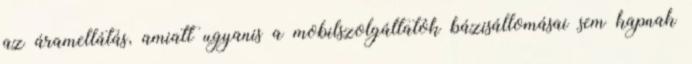
az áramellátás, amiatt ugyanis a mobilszolgáltatók bázisállomásai sem kapnak